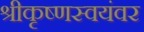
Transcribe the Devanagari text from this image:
श्रीकृष्णस्वयंवर